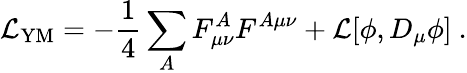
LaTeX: {\cal L}_{\mathrm{YM}}=-\frac{1}{4}\sum_{A}F_{\mu\nu}^{A}F^{A\mu\nu}+{\cal L}[\phi,D_{\mu}\phi]~.